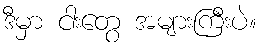
ဒီမှာ ငါးတွေ အများကြီးပဲ။